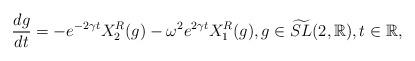
LaTeX: \begin{align*}\frac{dg}{dt}=-e^{-2\gamma t}X_2^R(g)-\omega^2e^{2\gamma t}X_1^R(g),g\in \widetilde{SL}(2,\mathbb{R}),t\in \mathbb{R},\end{align*}